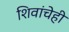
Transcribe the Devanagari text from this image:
शिवांचेही